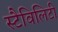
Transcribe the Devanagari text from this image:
स्टैविलिटी